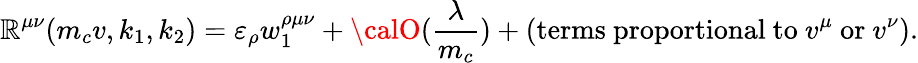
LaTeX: \mathbb{R}^{\mu\nu}(m_{c}v,k_{1},k_{2})=\varepsilon_{\rho}w_{1}^{\rho\mu\nu}+{\calO}(\frac{{\lambda}}{{m_{c}}})+(\mathrm{{terms\ proportional\ to\ }}v^{\mu}\ \mathrm{{or}}\ v^{\nu}).